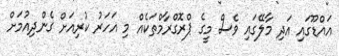
އައްޑޫގައި އަދި މާލޭގައި ވެސް މީގެ ޕްރޮގްރާމްތަކެއް މި އަހަރު ކުރިއަށް ގެންދިއުމަށް